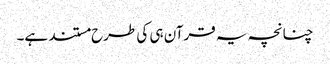
چنانچہ یہ قرآن ہی کی طرح مستند ہے۔